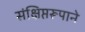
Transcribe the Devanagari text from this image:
संक्षिप्तरूपाने